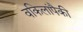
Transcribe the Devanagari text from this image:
वकिलांपैकी